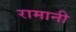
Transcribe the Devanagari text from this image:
रामानी